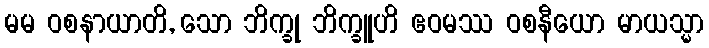
မမ ဝစနာယာတိ, သော ဘိက္ခု ဘိက္ခူဟိ ဧဝမဿ ဝစနီယော မာယသ္မာ